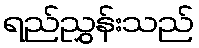
ရည်ညွှန်းသည်